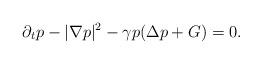
LaTeX: \begin{align*} \partial_t p-|\nabla p|^2-\gamma p(\Delta p+G)=0.\end{align*}